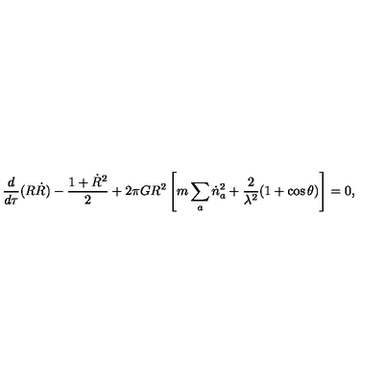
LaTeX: \frac { d } { d \tau } ( R \dot { R } ) - \frac { 1 + \dot { R } ^ { 2 } } { 2 } + 2 \pi G R ^ { 2 } \left[ m \sum _ { a } \dot { n } _ { a } ^ { 2 } + \frac { 2 } { \lambda ^ { 2 } } ( 1 + \cos \theta ) \right] = 0 ,